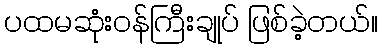
ပထမဆုံးဝန်ကြီးချုပ် ဖြစ်ခဲ့တယ်။